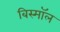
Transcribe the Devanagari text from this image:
बिस्मॉल